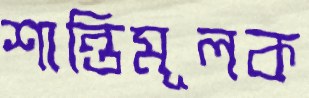
শান্তিমূলক